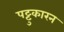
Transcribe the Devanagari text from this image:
पट्टुकारन